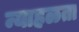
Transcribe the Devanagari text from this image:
न्याहळता